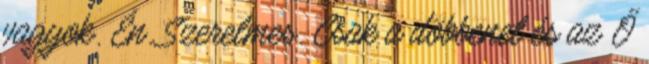
vagyok. Én. Szerelmes. Csak a döbbenet és az Ő